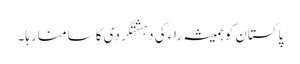
پاکستان کو ہمیشہ راء کی دہشتگردی کا سامنا رہا۔